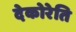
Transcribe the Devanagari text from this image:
देकोरेति